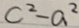
c ^ { 2 } - a ^ { 2 }